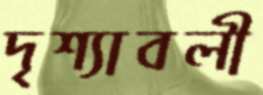
দৃশ্যাবলী